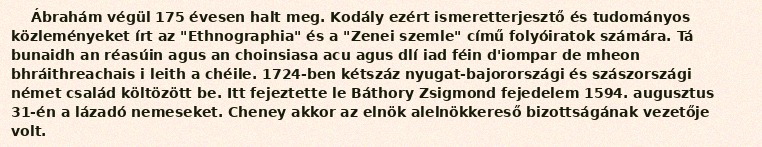
Ábrahám végül 175 évesen halt meg. Kodály ezért ismeretterjesztő és tudományos közleményeket írt az "Ethnographia" és a "Zenei szemle" című folyóiratok számára. Tá bunaidh an réasúin agus an choinsiasa acu agus dlí iad féin d'iompar de mheon bhráithreachais i leith a chéile. 1724-ben kétszáz nyugat-bajorországi és szászországi német család költözött be. Itt fejeztette le Báthory Zsigmond fejedelem 1594. augusztus 31-én a lázadó nemeseket. Cheney akkor az elnök alelnökkereső bizottságának vezetője volt.